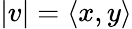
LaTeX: |v|=\langle x,y\rangle